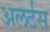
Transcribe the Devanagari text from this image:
अलर्टस